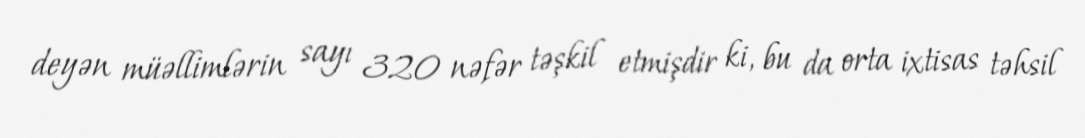
deyən müəllimlərin sayı 320 nəfər təşkil etmişdir ki, bu da orta ixtisas təhsil